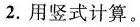
2.用竖式计算。